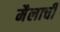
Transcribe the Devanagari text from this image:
मैलाची